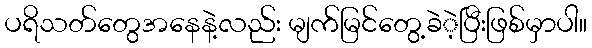
ပရိသတ်တွေအနေနဲ့လည်း မျက်မြင်တွေ့ခဲဲ့ပြီးဖြစ်မှာပါ။